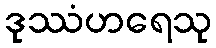
ဒုဿံဟရေသု